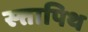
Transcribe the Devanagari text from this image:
स्त्तापिथ